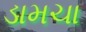
ડામચા